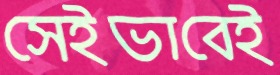
সেইভাবেই